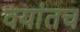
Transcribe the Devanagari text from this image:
वयांतच